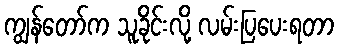
ကျွန်တော်က သူခိုင်းလို့ လမ်းပြပေးရတာ